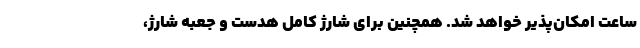
ساعت امکان‌پذیر خواهد شد. همچنین برای شارژ کامل هدست و جعبه شارژ،